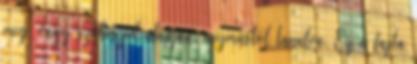
meg, vagy szóbeszéd alapján, egymástól tanulva. Ez a fajta